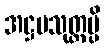
အဋ္ဌမသုတ္တမ္ပိ